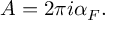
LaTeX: A = 2 \pi i \alpha _ { F } .